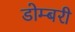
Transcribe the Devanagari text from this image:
डोम्‍बरी